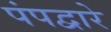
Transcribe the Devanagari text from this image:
पंपद्वारे